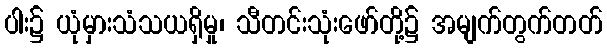
ပါး၌ ယုံမှားသံသယရှိမှု၊ သီတင်းသုံးဖော်တို့၌ အမျက်တွက်တတ်